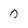
Character: 0